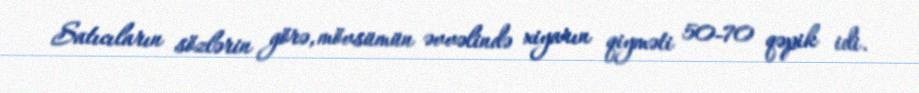
Satıcıların sözlərin görə, mövsümün əvvəlində xiyarın qiyməti 50-70 qəpik idi.